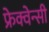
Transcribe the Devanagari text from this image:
फ्रेक्वेन्सी